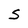
Character: S